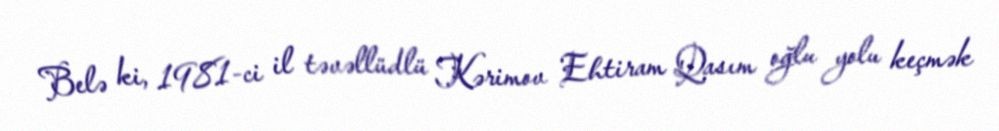
Belə ki, 1981-ci il təvəllüdlü Kərimov Ehtiram Qasım oğlu yolu keçmək